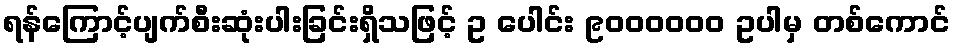
ရန်ကြောင့်ပျက်စီးဆုံးပါးခြင်းရှိသဖြင့် ဥ ပေါင်း ၉၀၀၀၀၀၀ ဥပါမှ တစ်ကောင်